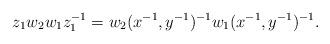
LaTeX: \begin{align*}z_1 w_2 w_1 z_1^{-1} = w_2 (x^{-1}, y^{-1})^{-1} w_1 (x^{-1}, y^{-1})^{-1}.\end{align*}